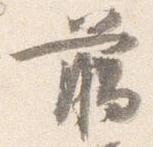
臈